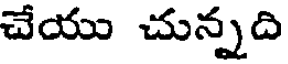
చేయు చున్నది